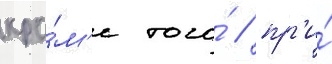
кро́м'е того́ / пр'и́